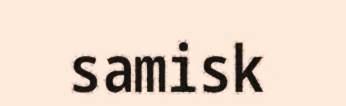
samisk